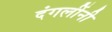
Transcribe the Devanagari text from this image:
दंगलींनी